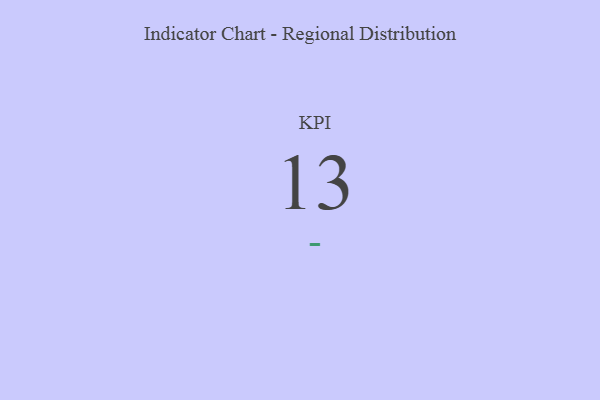
{"axis": {"x": "KPI", "y": "Value"}, "legend": [""], "data": [{"x": "KPI", "y": 13, "type": ""}]}